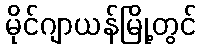
မိုင်ဂျာယန်မြို့တွင်